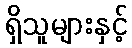
ရှိသူများနှင့်